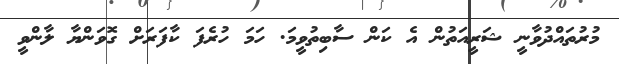
މުރުތައްދުވާނީ ޝަރީއަތުން އެ ކަން ސާބިތުވީމަ. ހަމަ ހުރެފަ ކާފަރަށް ގޮވަންޔާ ލާންވީ